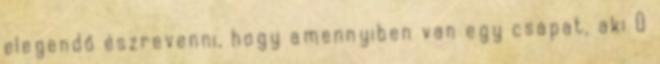
elegendő észrevenni, hogy amennyiben van egy csapat, aki 0